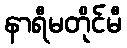
နာရီမတိုင်မီ